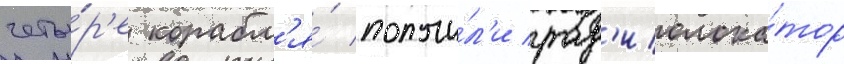
четы́р'е корабл'я́ получи́л'и рад'иолока́тор